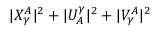
| X _ { \gamma } ^ { A } | ^ { 2 } + | U _ { A } ^ { \gamma } | ^ { 2 } + | V _ { \gamma } ^ { A } | ^ { 2 }